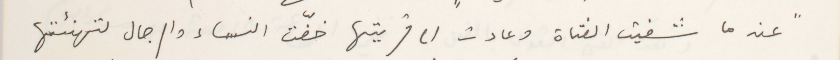
"عندما شفيت الفتاة وعادت الى قريتها خفّت النساء والرجال لتهنئتها